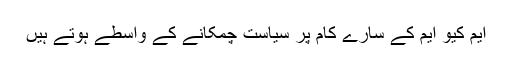
ایم کیو ایم کے سارے کام پر سیاست چمکانے کے واسطے ہوتے ہیں